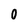
Character: 0